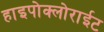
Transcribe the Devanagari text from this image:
हाइपोक्लोराईट